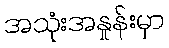
အသုံးအနှုန်းမှာ